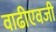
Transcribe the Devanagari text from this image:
वाढीएवजी